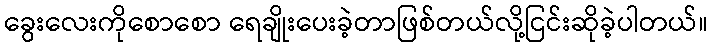
ခွေးလေးကိုစောစော ရေချိုးပေးခဲ့တာဖြစ်တယ်လို့ငြင်းဆိုခဲ့ပါတယ်။